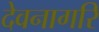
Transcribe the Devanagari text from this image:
देवनागरि